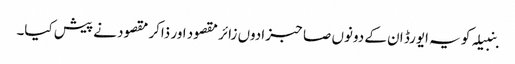
بنبیلہ کو یہ ایورڈ ان کے دونوں صاحبزادوں زائر مقصود اور ذاکر مقصود نے پیش کیا۔